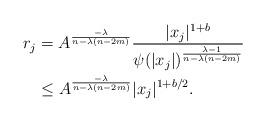
LaTeX: \begin{align*}r_j &= A^{\frac{-\lambda}{n-\lambda(n-2m)}} \frac{|x_j|^{1+b}}{\psi(|x_j|)^{\frac{\lambda-1}{n-\lambda(n-2m)}}}\\&\le A^{\frac{-\lambda}{n-\lambda(n-2m)}} |x_j|^{1+b/2}.\end{align*}